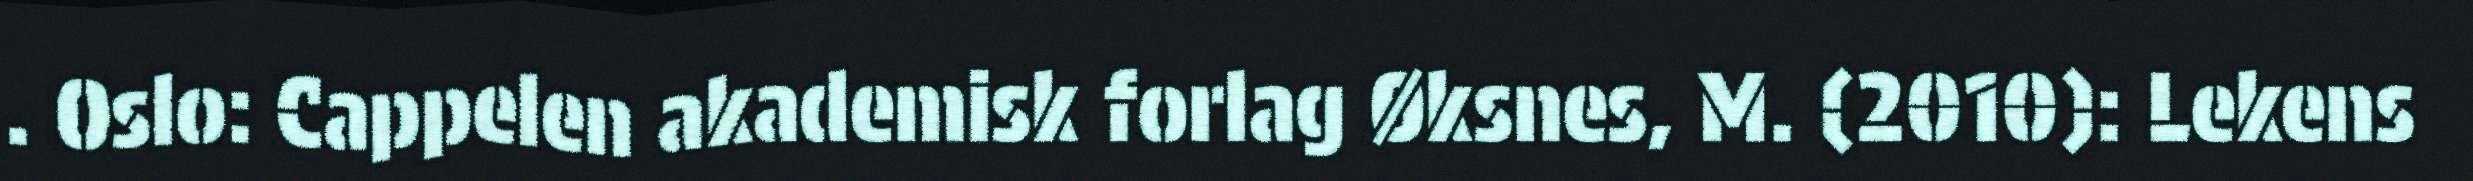
. Oslo: Cappelen akademisk forlag Øksnes, M. (2010): Lekens